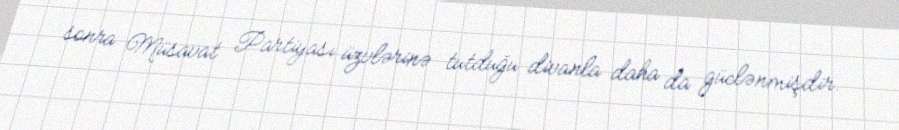
sonra Müsavat Partiyası üzvlərinə tutduğu divanla daha da güclənmişdir.